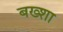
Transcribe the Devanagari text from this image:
बख्‍शा